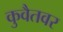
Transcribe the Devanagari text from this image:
कुवैतवर